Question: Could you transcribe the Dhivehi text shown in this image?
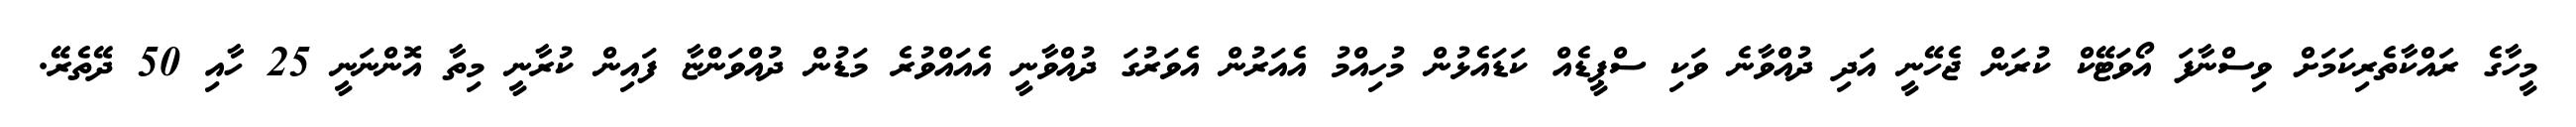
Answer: މީހާގެ ރައްކާތެރިކަމަށް ވިސްނާފަ އޯވަޓޭކް ކުރަން ޖެހޭނީ އަދި ދުއްވާނެ ވަކި ސްޕީޑެއް ކަޑައެޅުން މުހިއްމު އެއަރުން އެވަރުގަ ދުއްވާނީ އެއައްވުރެ މަޑުން ދުއްވަންޏާ ފައިން ކުރާނީ މިތާ އޮންނަނީ 25 ހާއި 50 ދޭތެރޭ.